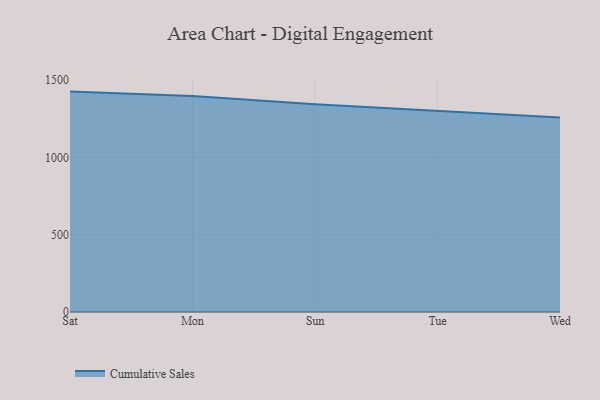
{"axis": {"x": "Day", "y": "Backlog"}, "legend": ["Cumulative Sales"], "data": [{"x": "Sat", "y": 1426.8, "type": "Cumulative Sales"}, {"x": "Mon", "y": 1398.0, "type": "Cumulative Sales"}, {"x": "Sun", "y": 1344.7, "type": "Cumulative Sales"}, {"x": "Tue", "y": 1301.8, "type": "Cumulative Sales"}, {"x": "Wed", "y": 1259.2, "type": "Cumulative Sales"}]}